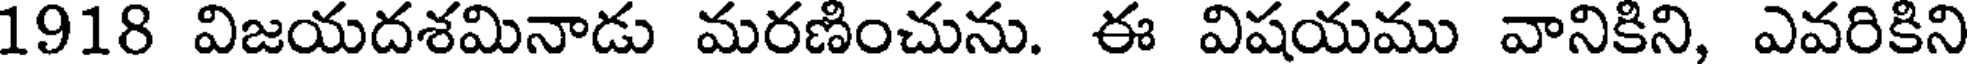
1918 విజయదశమినాడు మరణించును. ఈ విషయము వానికిని, ఎవరికిని